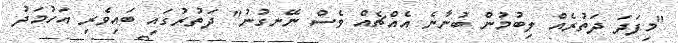
"މިފަދަ ދަތުރެއް ލިބުމުން ބުނާނެ އެއްޗެއް ވެސް ނޭނގުނު" ދަތުރުގައި ބައިވެރި އަހުމަދު